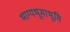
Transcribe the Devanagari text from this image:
भाग्यभूमाभूमि